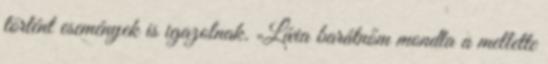
történt események is igazolnak. „Lívia barátnőm mondta a mellette